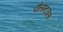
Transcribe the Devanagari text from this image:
पोलन्टज़ास